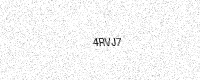
Text: 4RVJ7